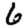
Digit: 6